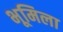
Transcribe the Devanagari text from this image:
भूमिला